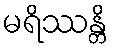
မရိဿန္တိ